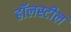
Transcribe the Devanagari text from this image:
हॉलस्टील